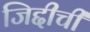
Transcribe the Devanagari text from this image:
जिद्दीची